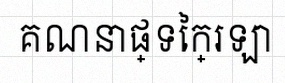
គណនាផ្ទៃក្រឡា